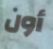
أون